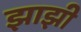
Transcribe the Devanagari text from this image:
झाझी